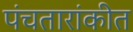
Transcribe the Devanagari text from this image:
पंचतारांकीत